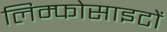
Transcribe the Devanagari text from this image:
लिम्फोसाइटों